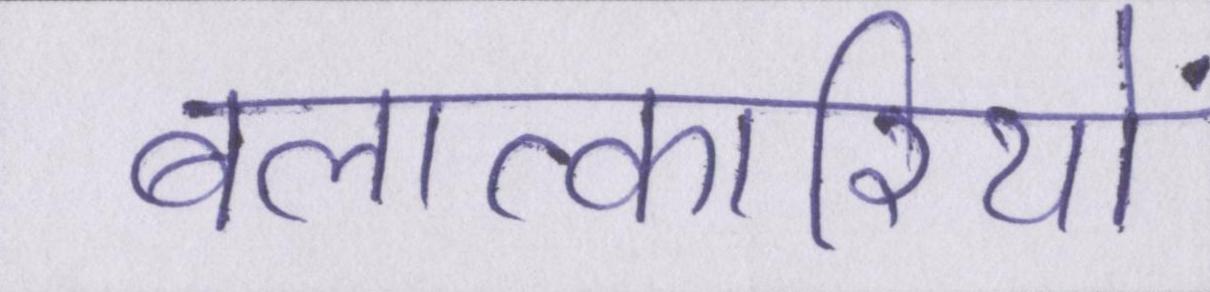
बलात्कारियों